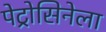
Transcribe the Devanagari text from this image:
पेट्रोसिनेला